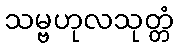
သမ္ဗဟုလသုတ္တံ